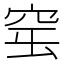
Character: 𥥢